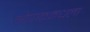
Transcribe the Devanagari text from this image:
भोपाळमधला